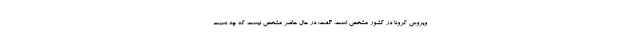
ویروس کرونا در کشور مشخص است، گفت: در حال حاضر مشخص نیست که چه نسبت